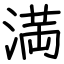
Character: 満